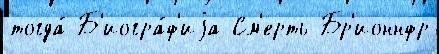
тогда́ Б'иогра́ф'иjа См'ерть Бр'ионнфр